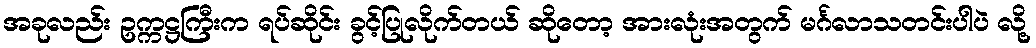
အခုလည်း ဥက္ကဋ္ဌကြီးက ရပ်ဆိုင်း ခွင့်ပြုလိုက်တယ် ဆိုတော့ အားလုံးအတွက် မင်္ဂလာသတင်းပါပဲ လို့